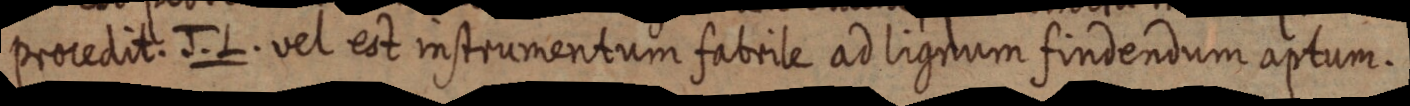
procedit. J. L. vel est instrumentum fabrile ad lignum findendum aptum.